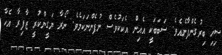
ސިހި ބިރުގެންފާނެއެވެ. ސަބަބަކީ އެއިން އެކަކުވެސް ނުފެންނަކަމެވެ. ނޯރާ ޔަގީންކުރީ ޒާފިރާ އެހާ